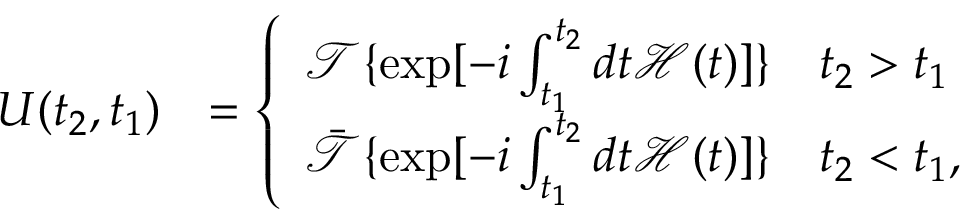
\begin{array} { r l } { U ( t _ { 2 } , t _ { 1 } ) } & { = \left\{ \begin{array} { l l } { \mathcal { T } \{ \exp [ - i \int _ { t _ { 1 } } ^ { t _ { 2 } } d t \mathcal { H } ( t ) ] \} \quad t _ { 2 } > t _ { 1 } } \\ { \Bar { \mathcal { T } } \{ \exp [ - i \int _ { t _ { 1 } } ^ { t _ { 2 } } d t \mathcal { H } ( t ) ] \} \quad t _ { 2 } < t _ { 1 } , } \end{array} \right. } \end{array}